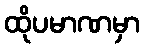
ထိုပမာဏမှာ